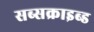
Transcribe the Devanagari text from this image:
सब्सक्राइब्ड